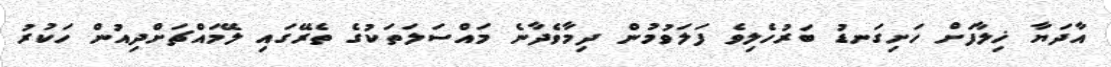
އާދަޔާ ޚިލާފަށް ހަށިގަނޑު ބަރުހެލިވެ ފަލަވުމުން ދިމާވެދާނެ މައްސަލަތަކުގެ ތެރޭގައި ލޭމައްޗަށްދިއުން ހަކުރު